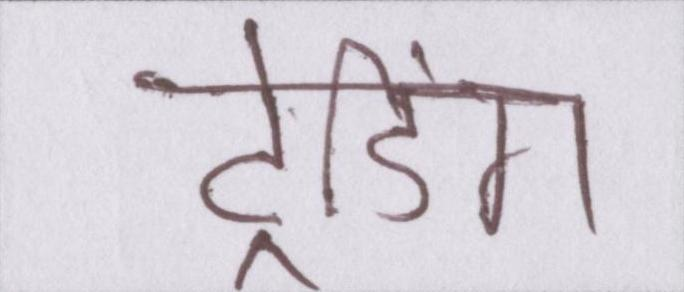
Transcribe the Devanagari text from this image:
ट्रेडिंग